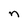
Character: n